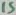
Text: 15